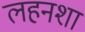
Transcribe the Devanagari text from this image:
लहनशा